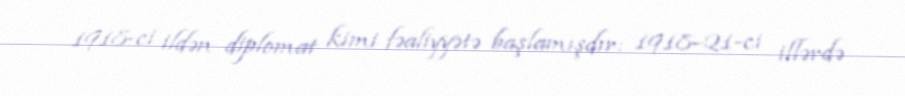
1918-ci ildən diplomat kimi fəaliyyətə başlamışdır: 1918–21-ci illərdə